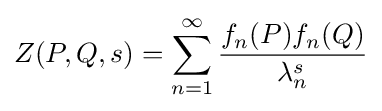
Z(P,Q,s)=\sum _{n=1}^{\infty }{\frac {f_{n}(P)f_{n}(Q)}{\lambda _{n}^{s}}}